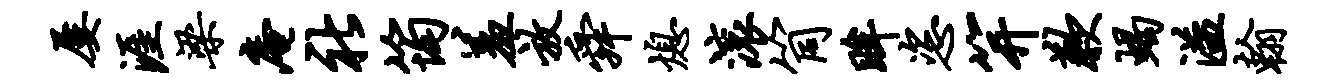
屡涯梁庵社筠羞放舜熄滚筒眸恣笄歉蝎溢翰